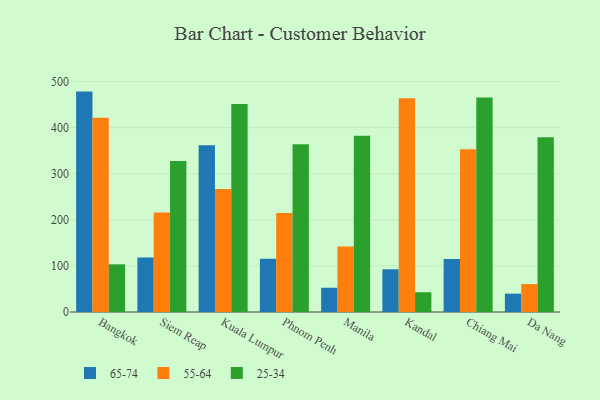
{"axis": {"x": "City", "y": "Operating Costs (USD K)"}, "legend": ["25-34", "55-64", "65-74"], "data": [{"x": "Bangkok", "y": 478.1, "type": "65-74"}, {"x": "Bangkok", "y": 421.5, "type": "55-64"}, {"x": "Bangkok", "y": 103.4, "type": "25-34"}, {"x": "Siem Reap", "y": 118.2, "type": "65-74"}, {"x": "Siem Reap", "y": 216.1, "type": "55-64"}, {"x": "Siem Reap", "y": 327.8, "type": "25-34"}, {"x": "Kuala Lumpur", "y": 361.7, "type": "65-74"}, {"x": "Kuala Lumpur", "y": 266.6, "type": "55-64"}, {"x": "Kuala Lumpur", "y": 451.0, "type": "25-34"}, {"x": "Phnom Penh", "y": 115.4, "type": "65-74"}, {"x": "Phnom Penh", "y": 214.6, "type": "55-64"}, {"x": "Phnom Penh", "y": 363.7, "type": "25-34"}, {"x": "Manila", "y": 52.6, "type": "65-74"}, {"x": "Manila", "y": 141.9, "type": "55-64"}, {"x": "Manila", "y": 382.4, "type": "25-34"}, {"x": "Kandal", "y": 92.7, "type": "65-74"}, {"x": "Kandal", "y": 463.5, "type": "55-64"}, {"x": "Kandal", "y": 42.8, "type": "25-34"}, {"x": "Chiang Mai", "y": 115.2, "type": "65-74"}, {"x": "Chiang Mai", "y": 353.3, "type": "55-64"}, {"x": "Chiang Mai", "y": 465.5, "type": "25-34"}, {"x": "Da Nang", "y": 39.8, "type": "65-74"}, {"x": "Da Nang", "y": 60.6, "type": "55-64"}, {"x": "Da Nang", "y": 378.9, "type": "25-34"}]}